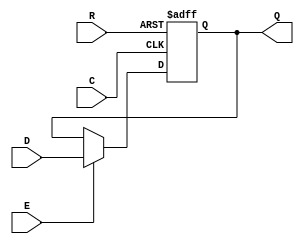
module DFFRE (
  input D,
  input R,
  input E,
  input C,
  output Q
);

  reg Q = 1'b0;
  
  always @(posedge C, negedge R)
    if (!R)
      Q <= 1'b0;
    else if (E)
      Q <= D;

endmodule